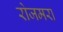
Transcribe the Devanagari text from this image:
रोजमरा